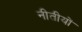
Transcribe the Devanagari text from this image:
नीतीयों